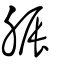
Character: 脤